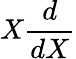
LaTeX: X{\frac{d}{dX}}